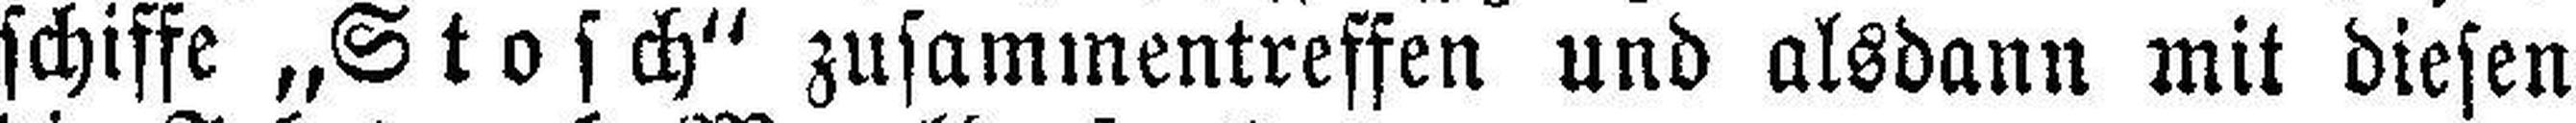
schiffe „Stosch“ zusammentreffen und alsdann mit diesen